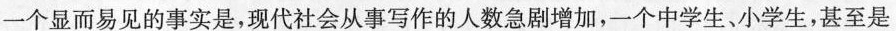
一个显而易见的事实是，现代社会从事写作的人数急剧增加，一个中学生、小学生，甚至是